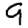
Digit: 9